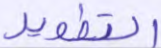
التطوير